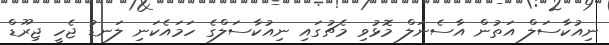
ނިއުކާސަލް އަތުން އާސެނަލް މޮޅުވި މެޗުގައި ނިއުކާސަލްގެ ހަމައެކަނި ލަނޑު ޖެހީ ޖިރޫޑް